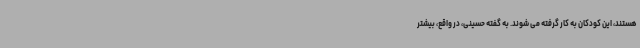
هستند، این کودکان به کار گرفته می شوند. به گفته حسینی، در واقع، بیشتر